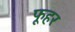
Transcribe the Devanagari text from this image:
फूहर